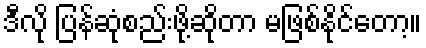
ဒီလို ပြန်ဆုံစည်းဖို့ဆိုတာ မဖြစ်နိုင်တော့။